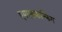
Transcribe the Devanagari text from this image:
एमएसकन्फिग